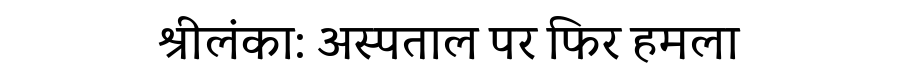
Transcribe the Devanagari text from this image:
श्रीलंका: अस्पताल पर फिर हमला